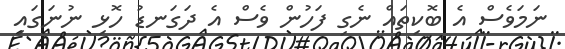
ނަމަވެސް އެ ބޮކިތައް ނެގި ފަހުން ވެސް އެ ދަގަނޑު ހޮޅި ނުނަގައި